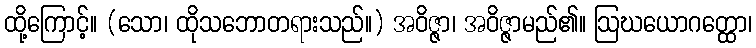
ထို့ကြောင့်။ (သော၊ ထိုသဘောတရားသည်။) အဝိဇ္ဇာ၊ အဝိဇ္ဇာမည်၏။ ဩဃယောဂတ္ထော၊